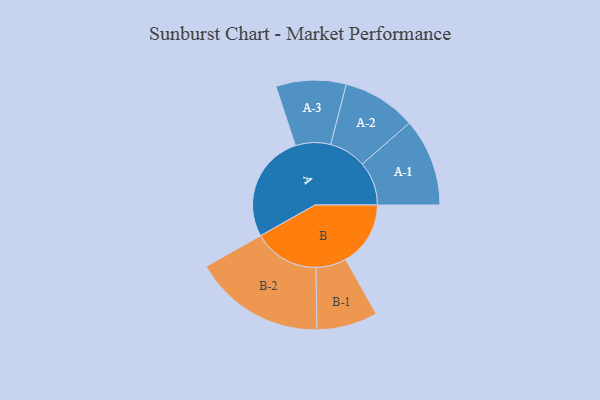
{"axis": {"x": "Segment", "y": "Value"}, "legend": ["", "A", "B"], "data": [{"x": "A", "y": 469, "type": ""}, {"x": "B", "y": 281, "type": ""}, {"x": "A-1", "y": 190, "type": "A"}, {"x": "A-2", "y": 160, "type": "A"}, {"x": "A-3", "y": 152, "type": "A"}, {"x": "B-1", "y": 132, "type": "B"}, {"x": "B-2", "y": 285, "type": "B"}]}